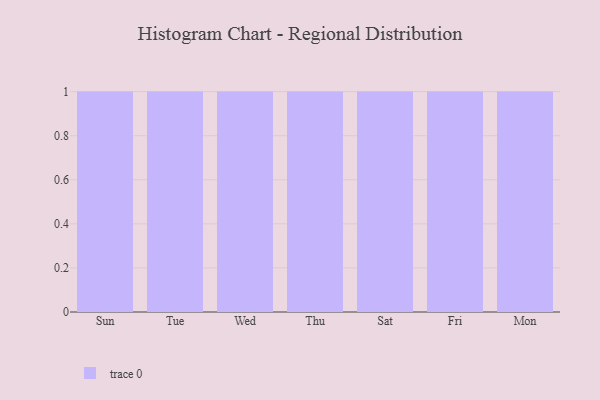
{"axis": {"x": "Day", "y": "Operating Costs (USD K)"}, "legend": [""], "data": [{"x": "Sun", "y": 76, "type": ""}, {"x": "Tue", "y": 39, "type": ""}, {"x": "Wed", "y": 67, "type": ""}, {"x": "Thu", "y": 53, "type": ""}, {"x": "Sat", "y": 15, "type": ""}, {"x": "Fri", "y": 75, "type": ""}, {"x": "Mon", "y": 23, "type": ""}]}